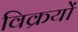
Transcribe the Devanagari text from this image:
विक्रयों